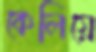
কেলিয়ে